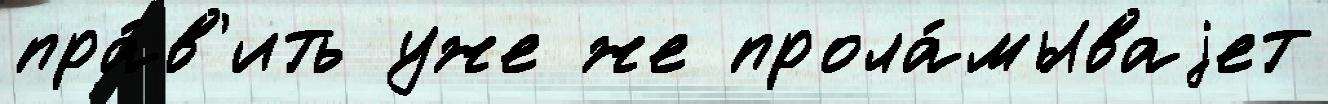
пра́в'ить уже же прола́мываjет